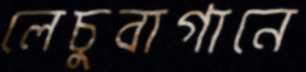
লেচুবাগানে